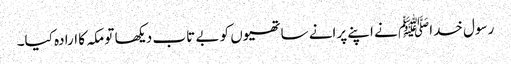
رسول خداﷺ نے اپنے پرانے ساتھیوں کو بے تاب دیکھا تو مکہ کا ارادہ کیا۔